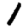
Digit: 1